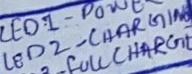
Text: LED2 - CHARGING